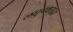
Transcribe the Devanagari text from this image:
लघुपथसुद्धा